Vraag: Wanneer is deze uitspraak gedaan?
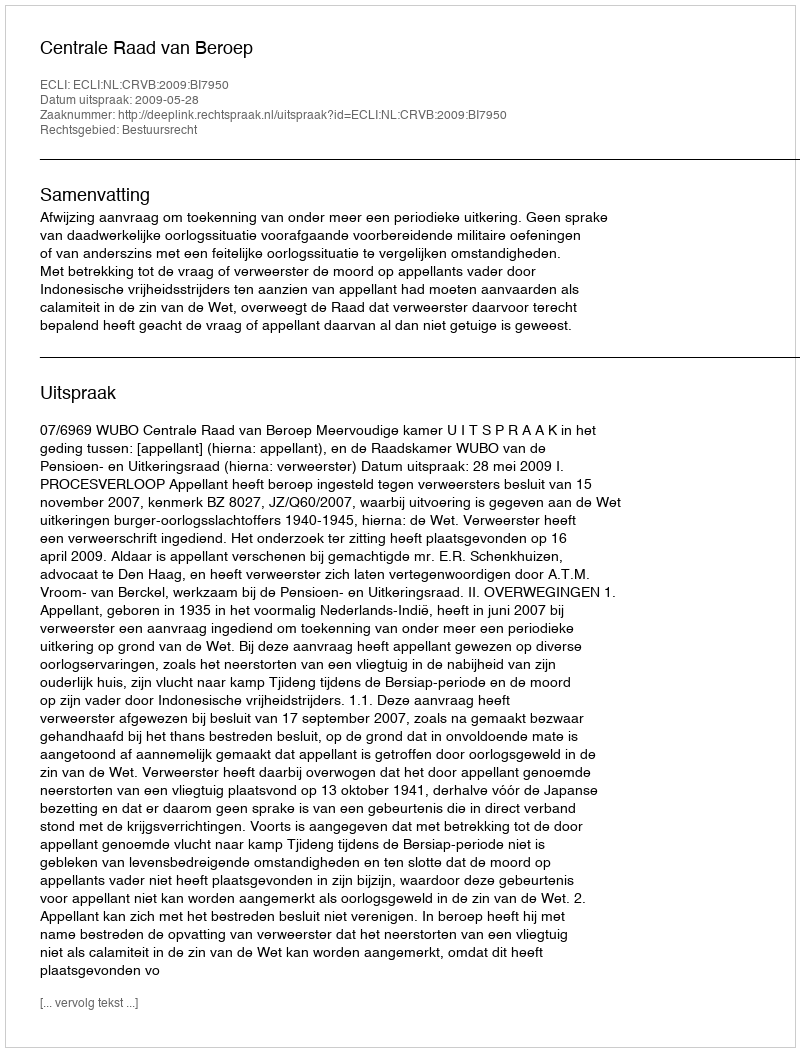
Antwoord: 2009-05-28